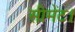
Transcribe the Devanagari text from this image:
सीमेंट।